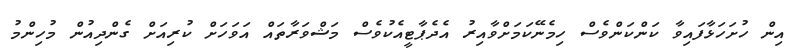
އިން ހުށަހަޅާފައިވާ ކަންކަންވެސް ހިމެނޭކަމަށްވާއިރު އެދެޕާޓީއެކުވެސް މަޝްވަރާތައް އަވަހަށް ކުރިއަށް ގެންދިއުން މުހިންމު